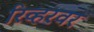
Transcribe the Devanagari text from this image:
रिव्हरवर